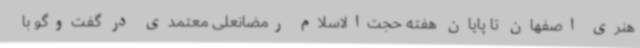
هنری اصفهان تا پایان هفته حجت‌الاسلام رمضانعلی معتمدی در گفت‌وگو با